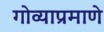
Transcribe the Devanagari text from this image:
गोव्याप्रमाणे